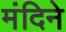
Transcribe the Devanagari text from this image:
मंदिने